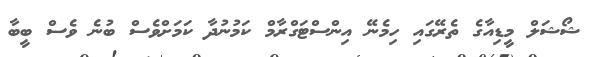
ޝޯޝަލް މީޑިއާގެ ތެރޭގައި ހިމެނޭ އިންސްޓަގްރާމް ކަމުނުދާ ކަމަށްވެސް ބުނެ ވެސް ބީބާ